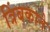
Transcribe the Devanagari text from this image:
त्रिंबकाने